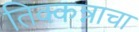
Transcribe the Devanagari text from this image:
तिक्कन्नाचा